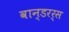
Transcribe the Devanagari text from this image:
वान्डरर्स